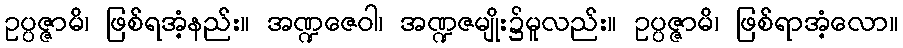
ဥပ္ပဇ္ဇာမိ၊ ဖြစ်ရအံ့နည်း။ အဏ္ဍဇေဝါ၊ အဏ္ဍဇမျိုး၌မူလည်း။ ဥပ္ပဇ္ဇာမိ၊ ဖြစ်ရာအံ့လော။